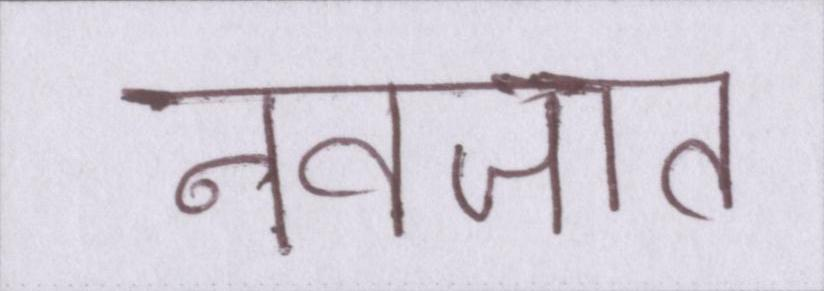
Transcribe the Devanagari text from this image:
नवजात